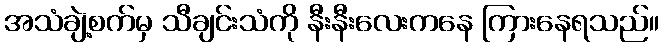
အသံချဲ့စက်မှ သီချင်းသံကို နီးနီးလေးကနေ ကြားနေရသည်။